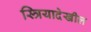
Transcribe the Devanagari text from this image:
स्त्रियादेखील